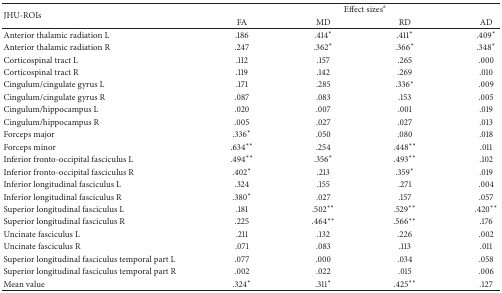
<table><thead><tr><td rowspan="2"><b>JHU-ROIs</b></td><td colspan="4"><b>Effect sizes<sup>a</sup></b></td></tr><tr><td><b>FA </b></td><td><b>MD </b></td><td><b>RD </b></td><td><b>AD </b></td></tr></thead><tbody><tr><td>Anterior thalamic radiation L</td><td>.186</td><td>.414*</td><td>.411*</td><td>.409*</td></tr><tr><td>Anterior thalamic radiation R</td><td>.247</td><td>.362*</td><td>.366*</td><td>.348*</td></tr><tr><td>Corticospinal tract L</td><td>.112</td><td>.157</td><td>.265</td><td>.000</td></tr><tr><td>Corticospinal tract R</td><td>.119</td><td>.142</td><td>.269</td><td>.010</td></tr><tr><td>Cingulum/cingulate gyrus L</td><td>.171</td><td>.285</td><td>.336*</td><td>.009</td></tr><tr><td>Cingulum/cingulate gyrus R</td><td>.087</td><td>.083</td><td>.153</td><td>.005</td></tr><tr><td>Cingulum/hippocampus L</td><td>.020</td><td>.007</td><td>.001</td><td>.019</td></tr><tr><td>Cingulum/hippocampus R</td><td>.005</td><td>.027</td><td>.027</td><td>.013</td></tr><tr><td>Forceps major</td><td>.336*</td><td>.050</td><td>.080</td><td>.018</td></tr><tr><td>Forceps minor</td><td>.634**</td><td>.254</td><td>.448**</td><td>.011</td></tr><tr><td>Inferior fronto-occipital fasciculus L</td><td>.494**</td><td>.356*</td><td>.493**</td><td>.102</td></tr><tr><td>Inferior fronto-occipital fasciculus R</td><td>.402*</td><td>.213</td><td>.359*</td><td>.019</td></tr><tr><td>Inferior longitudinal fasciculus L</td><td>.324</td><td>.155</td><td>.271</td><td>.004</td></tr><tr><td>Inferior longitudinal fasciculus R</td><td>.380*</td><td>.027</td><td>.157</td><td>.057</td></tr><tr><td>Superior longitudinal fasciculus L</td><td>.181</td><td>.502**</td><td>.529**</td><td>.420**</td></tr><tr><td>Superior longitudinal fasciculus R</td><td>.225</td><td>.464**</td><td>.566**</td><td>.176</td></tr><tr><td>Uncinate fasciculus L</td><td>.211</td><td>.132</td><td>.226</td><td>.002</td></tr><tr><td>Uncinate fasciculus R</td><td>.071</td><td>.083</td><td>.113</td><td>.011</td></tr><tr><td>Superior longitudinal fasciculus temporal part L</td><td>.077</td><td>.000</td><td>.034</td><td>.058</td></tr><tr><td>Superior longitudinal fasciculus temporal part R</td><td>.002</td><td>.022</td><td>.015</td><td>.006</td></tr><tr><td>Mean value</td><td>.324*</td><td>.311*</td><td>.425**</td><td>.127</td></tr></tbody></table>